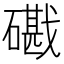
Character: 𥖘